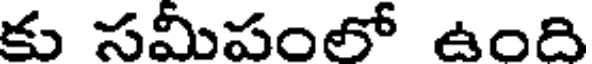
కు సమీపంలో ఉంది